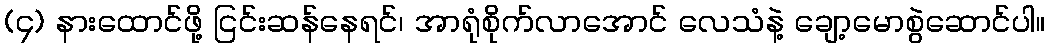
(၄) နားထောင်ဖို့ ငြင်းဆန်နေရင်၊ အာရုံစိုက်လာအောင် လေသံနဲ့ ချော့မောစွဲဆောင်ပါ။